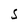
Character: S